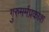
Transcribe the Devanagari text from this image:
गुरुमर्मप्रकाश